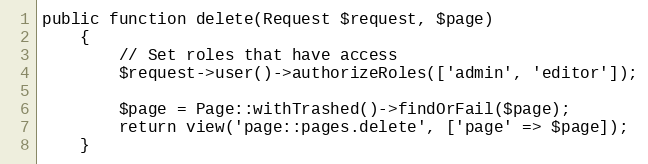
Language: PHP
public function delete(Request $request, $page)
    {
        // Set roles that have access
        $request->user()->authorizeRoles(['admin', 'editor']);

        $page = Page::withTrashed()->findOrFail($page);
        return view('page::pages.delete', ['page' => $page]);
    }